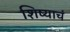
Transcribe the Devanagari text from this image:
शिष्याचं